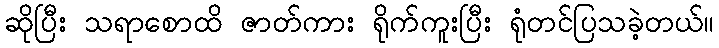
ဆိုပြီး သရာစောထိ ဇာတ်ကား ရိုက်ကူးပြီး ရုံတင်ပြသခဲ့တယ်။